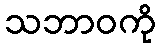
သဘာဝကို